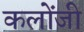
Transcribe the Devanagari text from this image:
कलोंजी